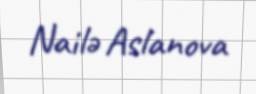
Nailə Aslanova